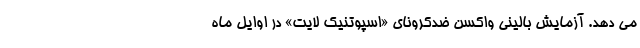
می دهد. آزمایش بالینی واکسن ضدکرونای «اسپوتنیک لایت» در اوایل ماه